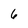
Character: 6